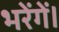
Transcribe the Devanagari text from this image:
भरेंगें।